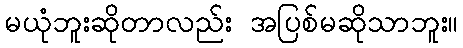
မယုံဘူးဆိုတာလည်း အပြစ်မဆိုသာဘူး။